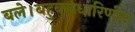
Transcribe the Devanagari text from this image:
बले।बहुबलधारिणीम्